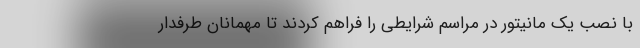
با نصب یک مانیتور در مراسم شرایطی را فراهم کردند تا مهمانان طرفدار